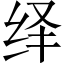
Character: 绎